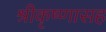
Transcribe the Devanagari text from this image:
श्रीकृष्णासह